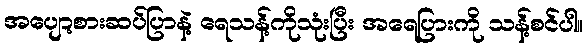
အပျော့စားဆပ်ပြာနဲ့ ရေသန့်ကိုသုံးပြီး အရေပြားကို သန့်စင်ပါ။